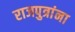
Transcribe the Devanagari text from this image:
राजपुत्रांना